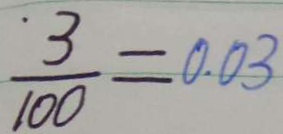
\frac { 3 } { 1 0 0 } = 0 . 0 3